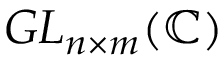
G L _ { n \times m } ( \mathbb { C } )